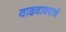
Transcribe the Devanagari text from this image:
वाढवावयाचे